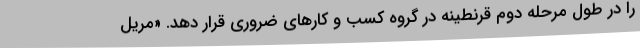
را در طول مرحله دوم قرنطینه در گروه کسب و کارهای ضروری قرار دهد. «مریل